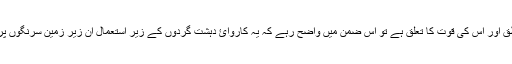
جہاں تک افغانستان میں حاليہ امريکی فضائ بمباری کی منطق اور اس کی قوت کا تعلق ہے تو اس ضمن ميں واضح رہے کہ يہ کاروائ دہشت گردوں کے زير استعمال ان زير زمين سرنگوں پر کی گئ تھی جو ان کے ليے محفوظ ٹھکانے بن چکے تھے۔